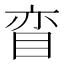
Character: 𰥠